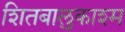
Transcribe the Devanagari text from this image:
शितबालुकाश्म